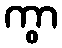
ကွာ